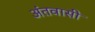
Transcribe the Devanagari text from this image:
अंतवासी